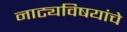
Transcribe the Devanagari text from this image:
नाट्यविषयांचे